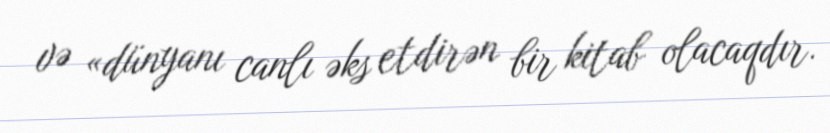
və «dünyanı canlı əks etdirən bir kitab olacaqdır.